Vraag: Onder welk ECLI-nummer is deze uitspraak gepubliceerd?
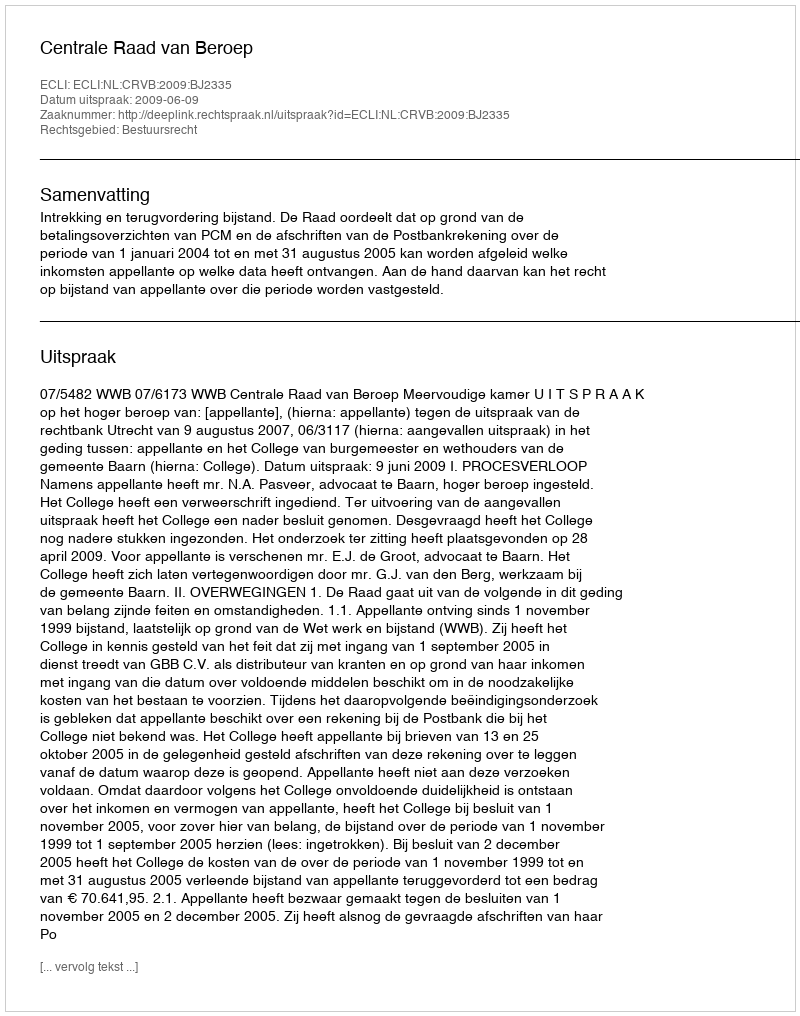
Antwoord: ECLI:NL:CRVB:2009:BJ2335